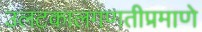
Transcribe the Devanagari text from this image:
उलटकालगणतीप्रमाणे